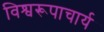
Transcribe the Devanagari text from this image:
विश्वरूपाचार्य